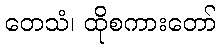
တေသံ၊ ထိုစကားတော်